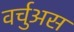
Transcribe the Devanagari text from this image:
वर्चुअस